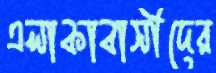
এলাকাবাসীদের